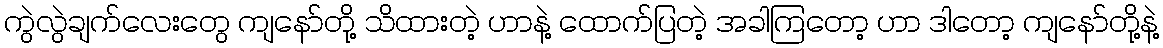
ကွဲလွဲချက်လေးတွေ ကျနော်တို့ သိထားတဲ့ ဟာနဲ့ ထောက်ပြတဲ့ အခါကြတော့ ဟာ ဒါတော့ ကျနော်တို့နဲ့